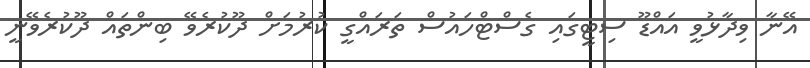
އޭނާ ވިދާޅުވީ އައްޑޫ ސިޓީގައި ގެސްޓްހައުސް ތަރައްގީ ކުރުމަށް ދޫކުރެވޭ ބިންތައް ދޫކުރެވޭނީ